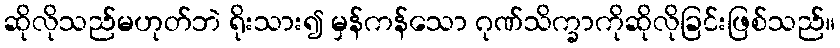
ဆိုလိုသည်မဟုတ်ဘဲ ရိုးသား၍ မှန်ကန်သော ဂုဏ်သိက္ခာကိုဆိုလိုခြင်းဖြစ်သည်။